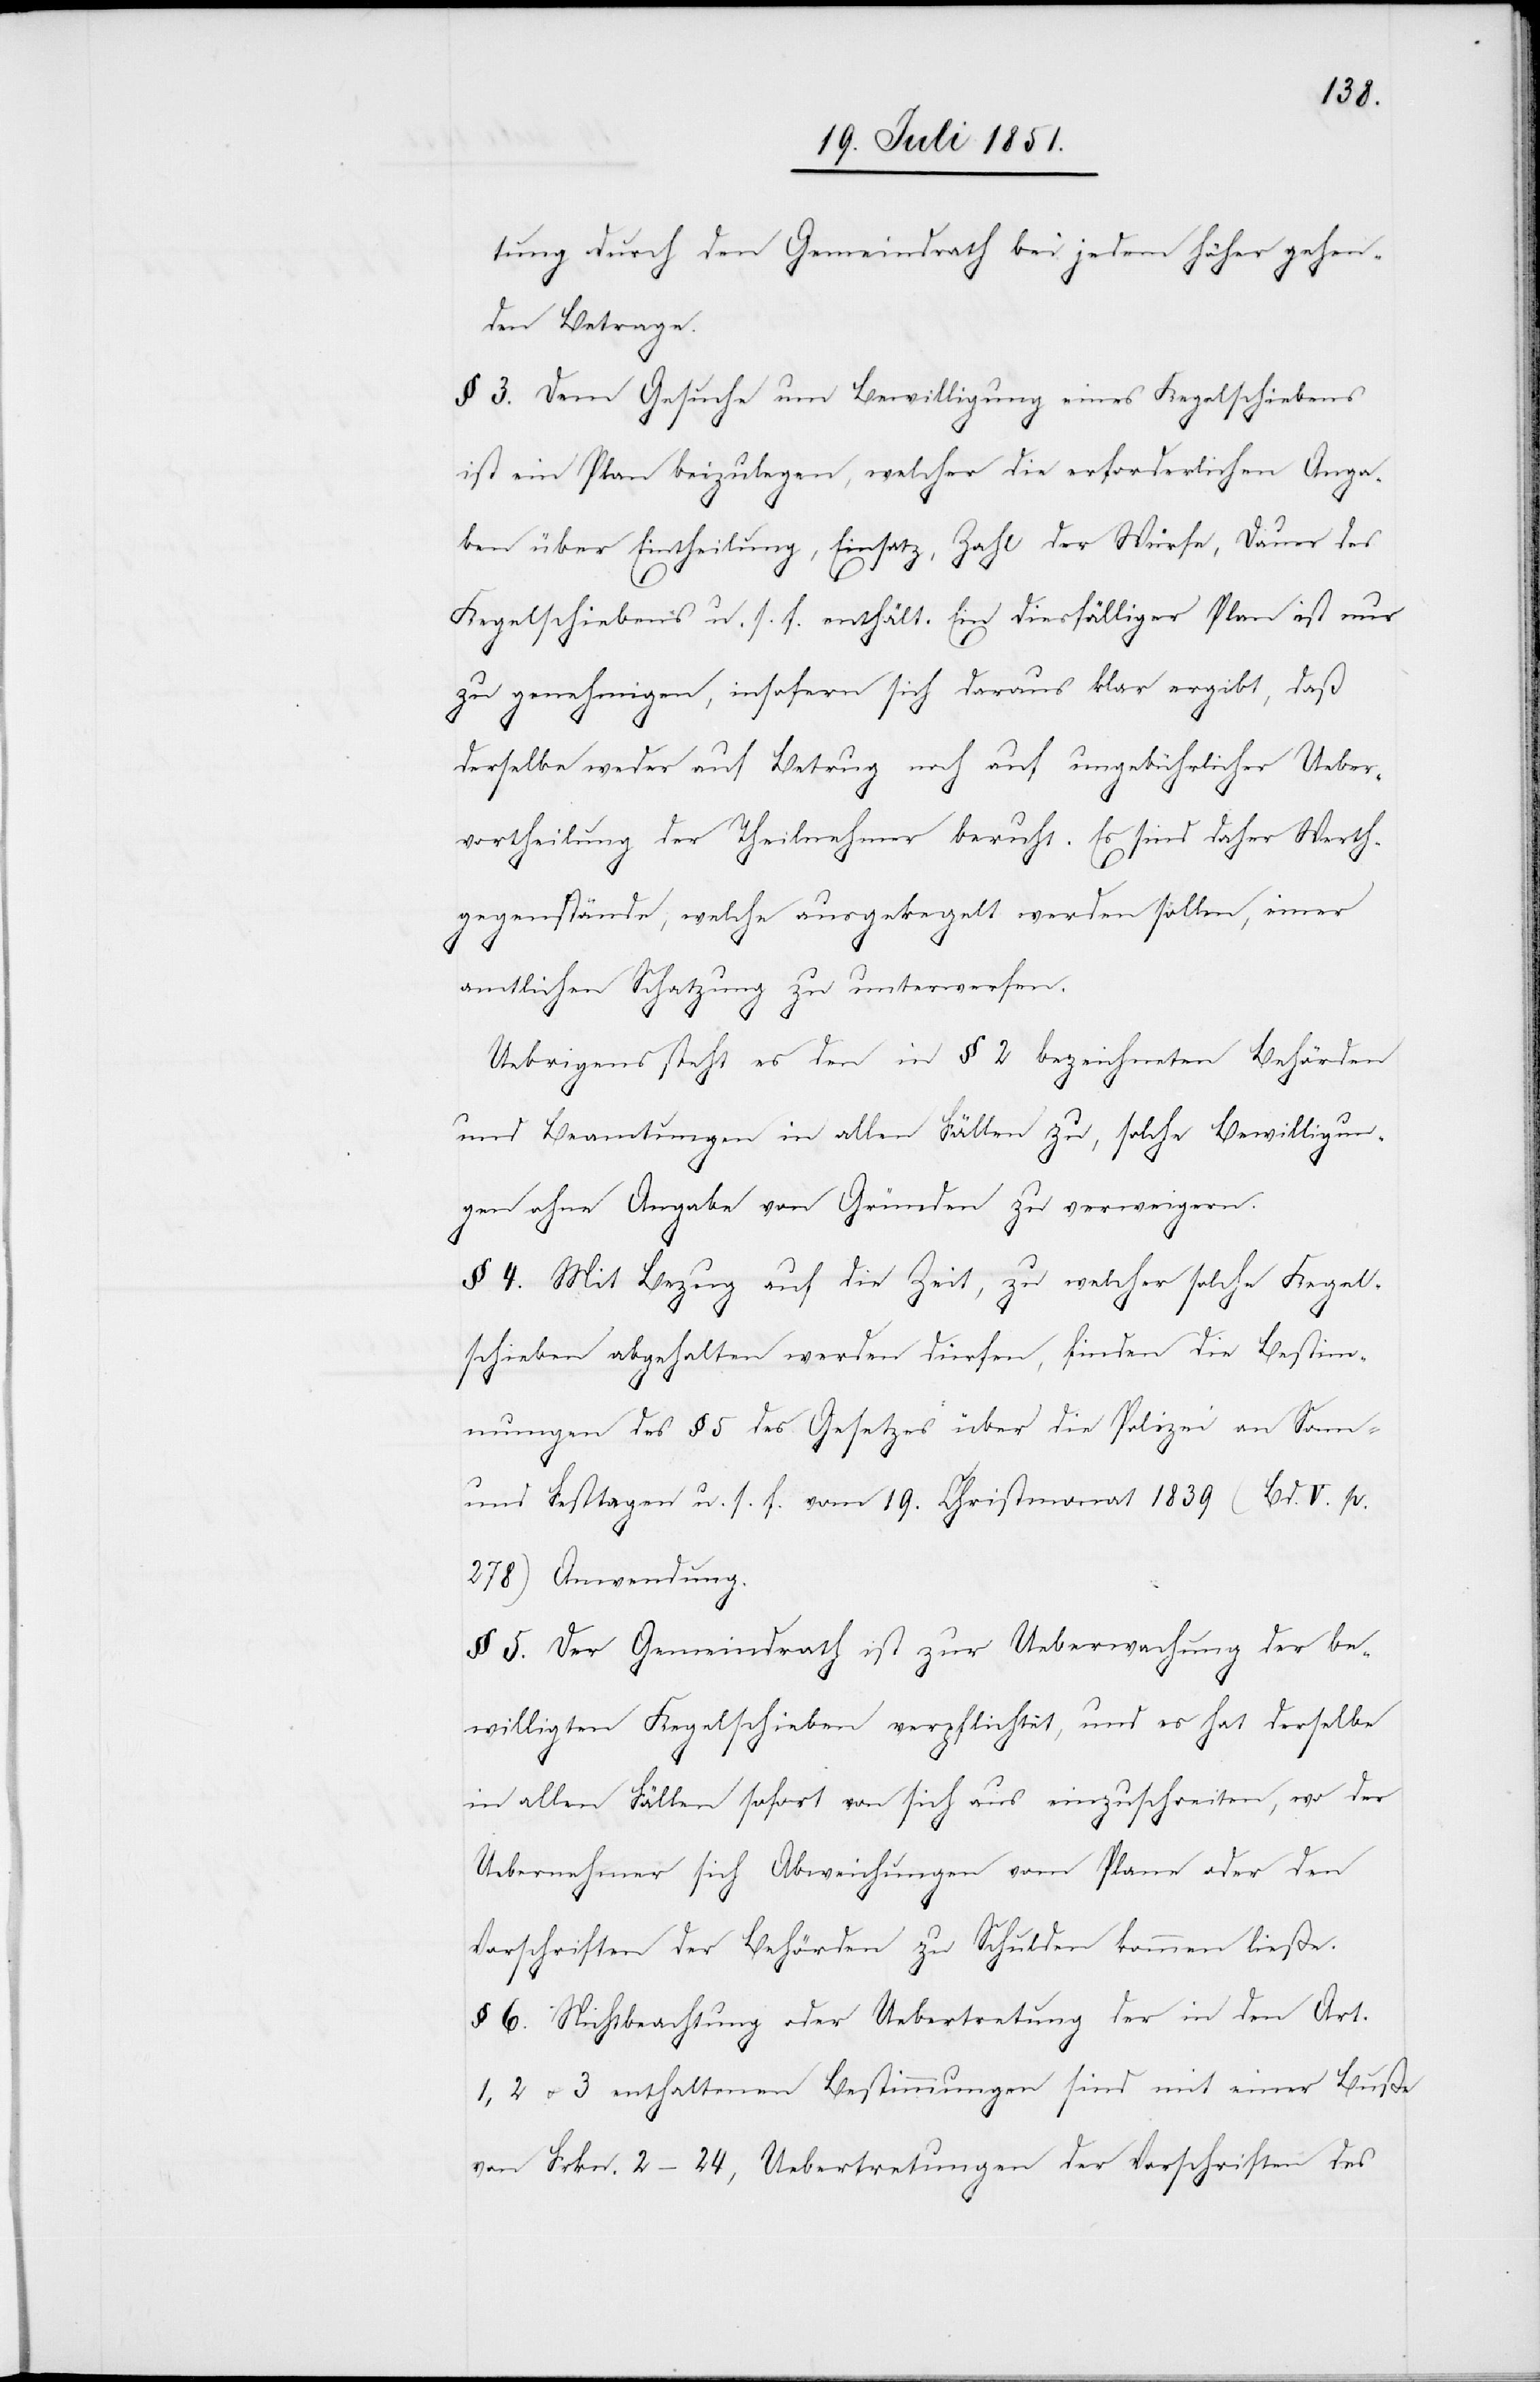
tung durch den Gemeindrath bei jedem höher gehen¬
den Betrage.
§ 3. Dem Gesuche um Bewilligung eines Kegelschiebens
ist ein Plan beizulegen, welcher die erforderlichen Anga¬
ben über Eintheilung, Einsatz, Zahl der Würfe, Dauer des
Kegelschiebens u. s. f. enthält. Ein diesfälliger Plan ist nur
zu genehmigen, insofern sich daraus klar ergibt, daß
derselbe weder auf Betrug noch auf ungebührlicher Ueber¬
vortheilung der Theilnehmer beruht. Es sind daher Werth¬
gegenstände, welche ausgekegelt werden sollen, einer
amtlichen Schatzung zu unterwerfen.
Uebrigens steht es den in § 2 bezeichneten Behörden
und Beamtungen in allen Fällen zu, solche Bewilligun¬
gen ohne Angabe von Gründen zu verweigern.
§ 4. Mit Bezug auf die Zeit, zu welcher solche Kegel¬
schieben abgehalten werden dürfen, finden die Bestim¬
mungen des § 5 des Gesetzes über die Polizei an Sonn-
und Festtagen u. s. f. vom 19. Christmonat 1839 (Bd. V. p.
278) Anwendung.
§ 5. Der Gemeindrath ist zur Ueberwachung der be¬
willigten Kegelschieben verpflichtet, und es hat derselbe
in allen Fällen sofort von sich aus einzuschreiten, wo der
Uebernehmer sich Abweichungen vom Plane oder den
Vorschriften der Behörden zu Schulden kommen ließe.
§ 6. Nichtbeachtung oder Uebertretung der in den Art.
1, 2 & 3 enthaltenen Bestimmungen sind mit einer Buße
von Frkn. 2–24, Uebertretungen der Vorschriften des